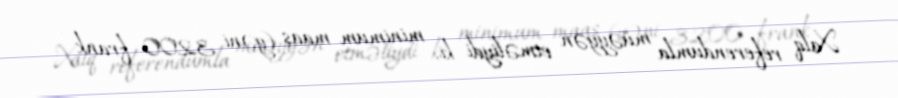
Xalq referendumla müəyyən etməliydi ki, minimum maaş (yəni 3200 frank -